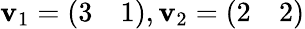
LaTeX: \mathbf{v}_{1}={\left(\begin{array}{ll}{3}&{1}\end{array}\right)},\mathbf{v}_{2}={\left(\begin{array}{ll}{2}&{2}\end{array}\right)}